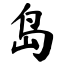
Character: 岛